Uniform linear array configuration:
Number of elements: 24
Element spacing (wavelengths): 0.75
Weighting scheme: exponential
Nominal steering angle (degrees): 30
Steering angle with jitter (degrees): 28.417
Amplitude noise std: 0.05
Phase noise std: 0.05

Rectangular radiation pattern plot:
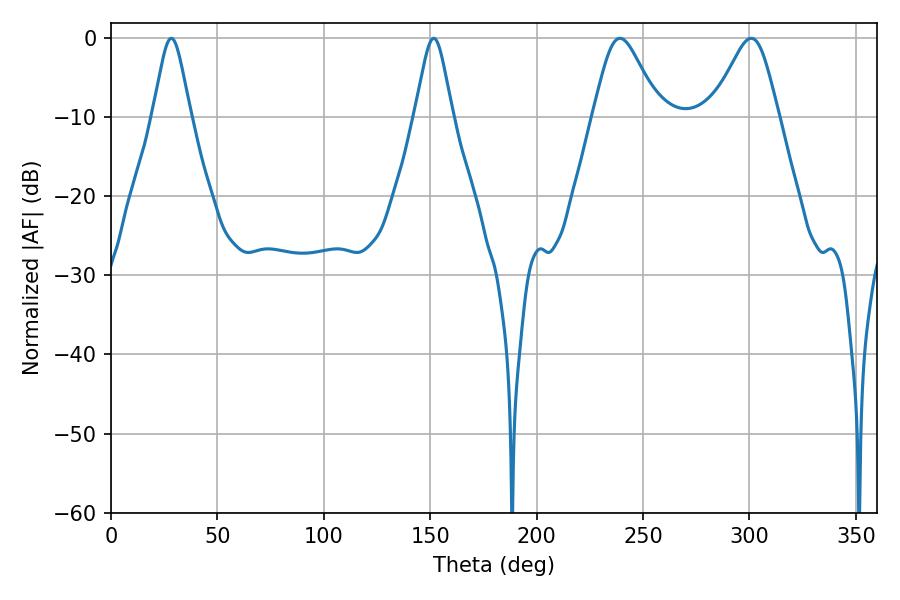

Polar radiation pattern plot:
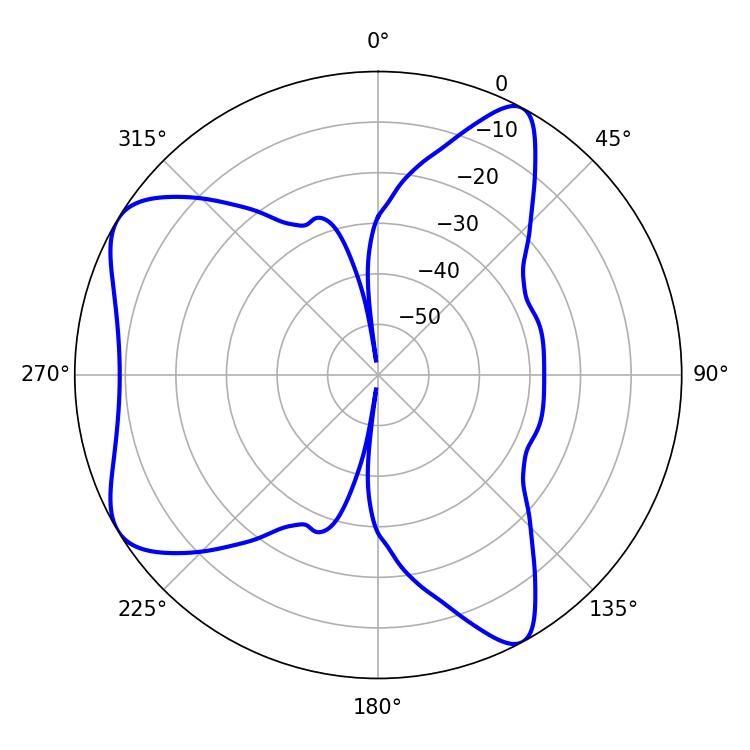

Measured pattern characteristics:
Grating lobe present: TRUE
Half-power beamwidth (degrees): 15.3
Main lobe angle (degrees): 239.22